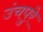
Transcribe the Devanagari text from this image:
उंचपुरे